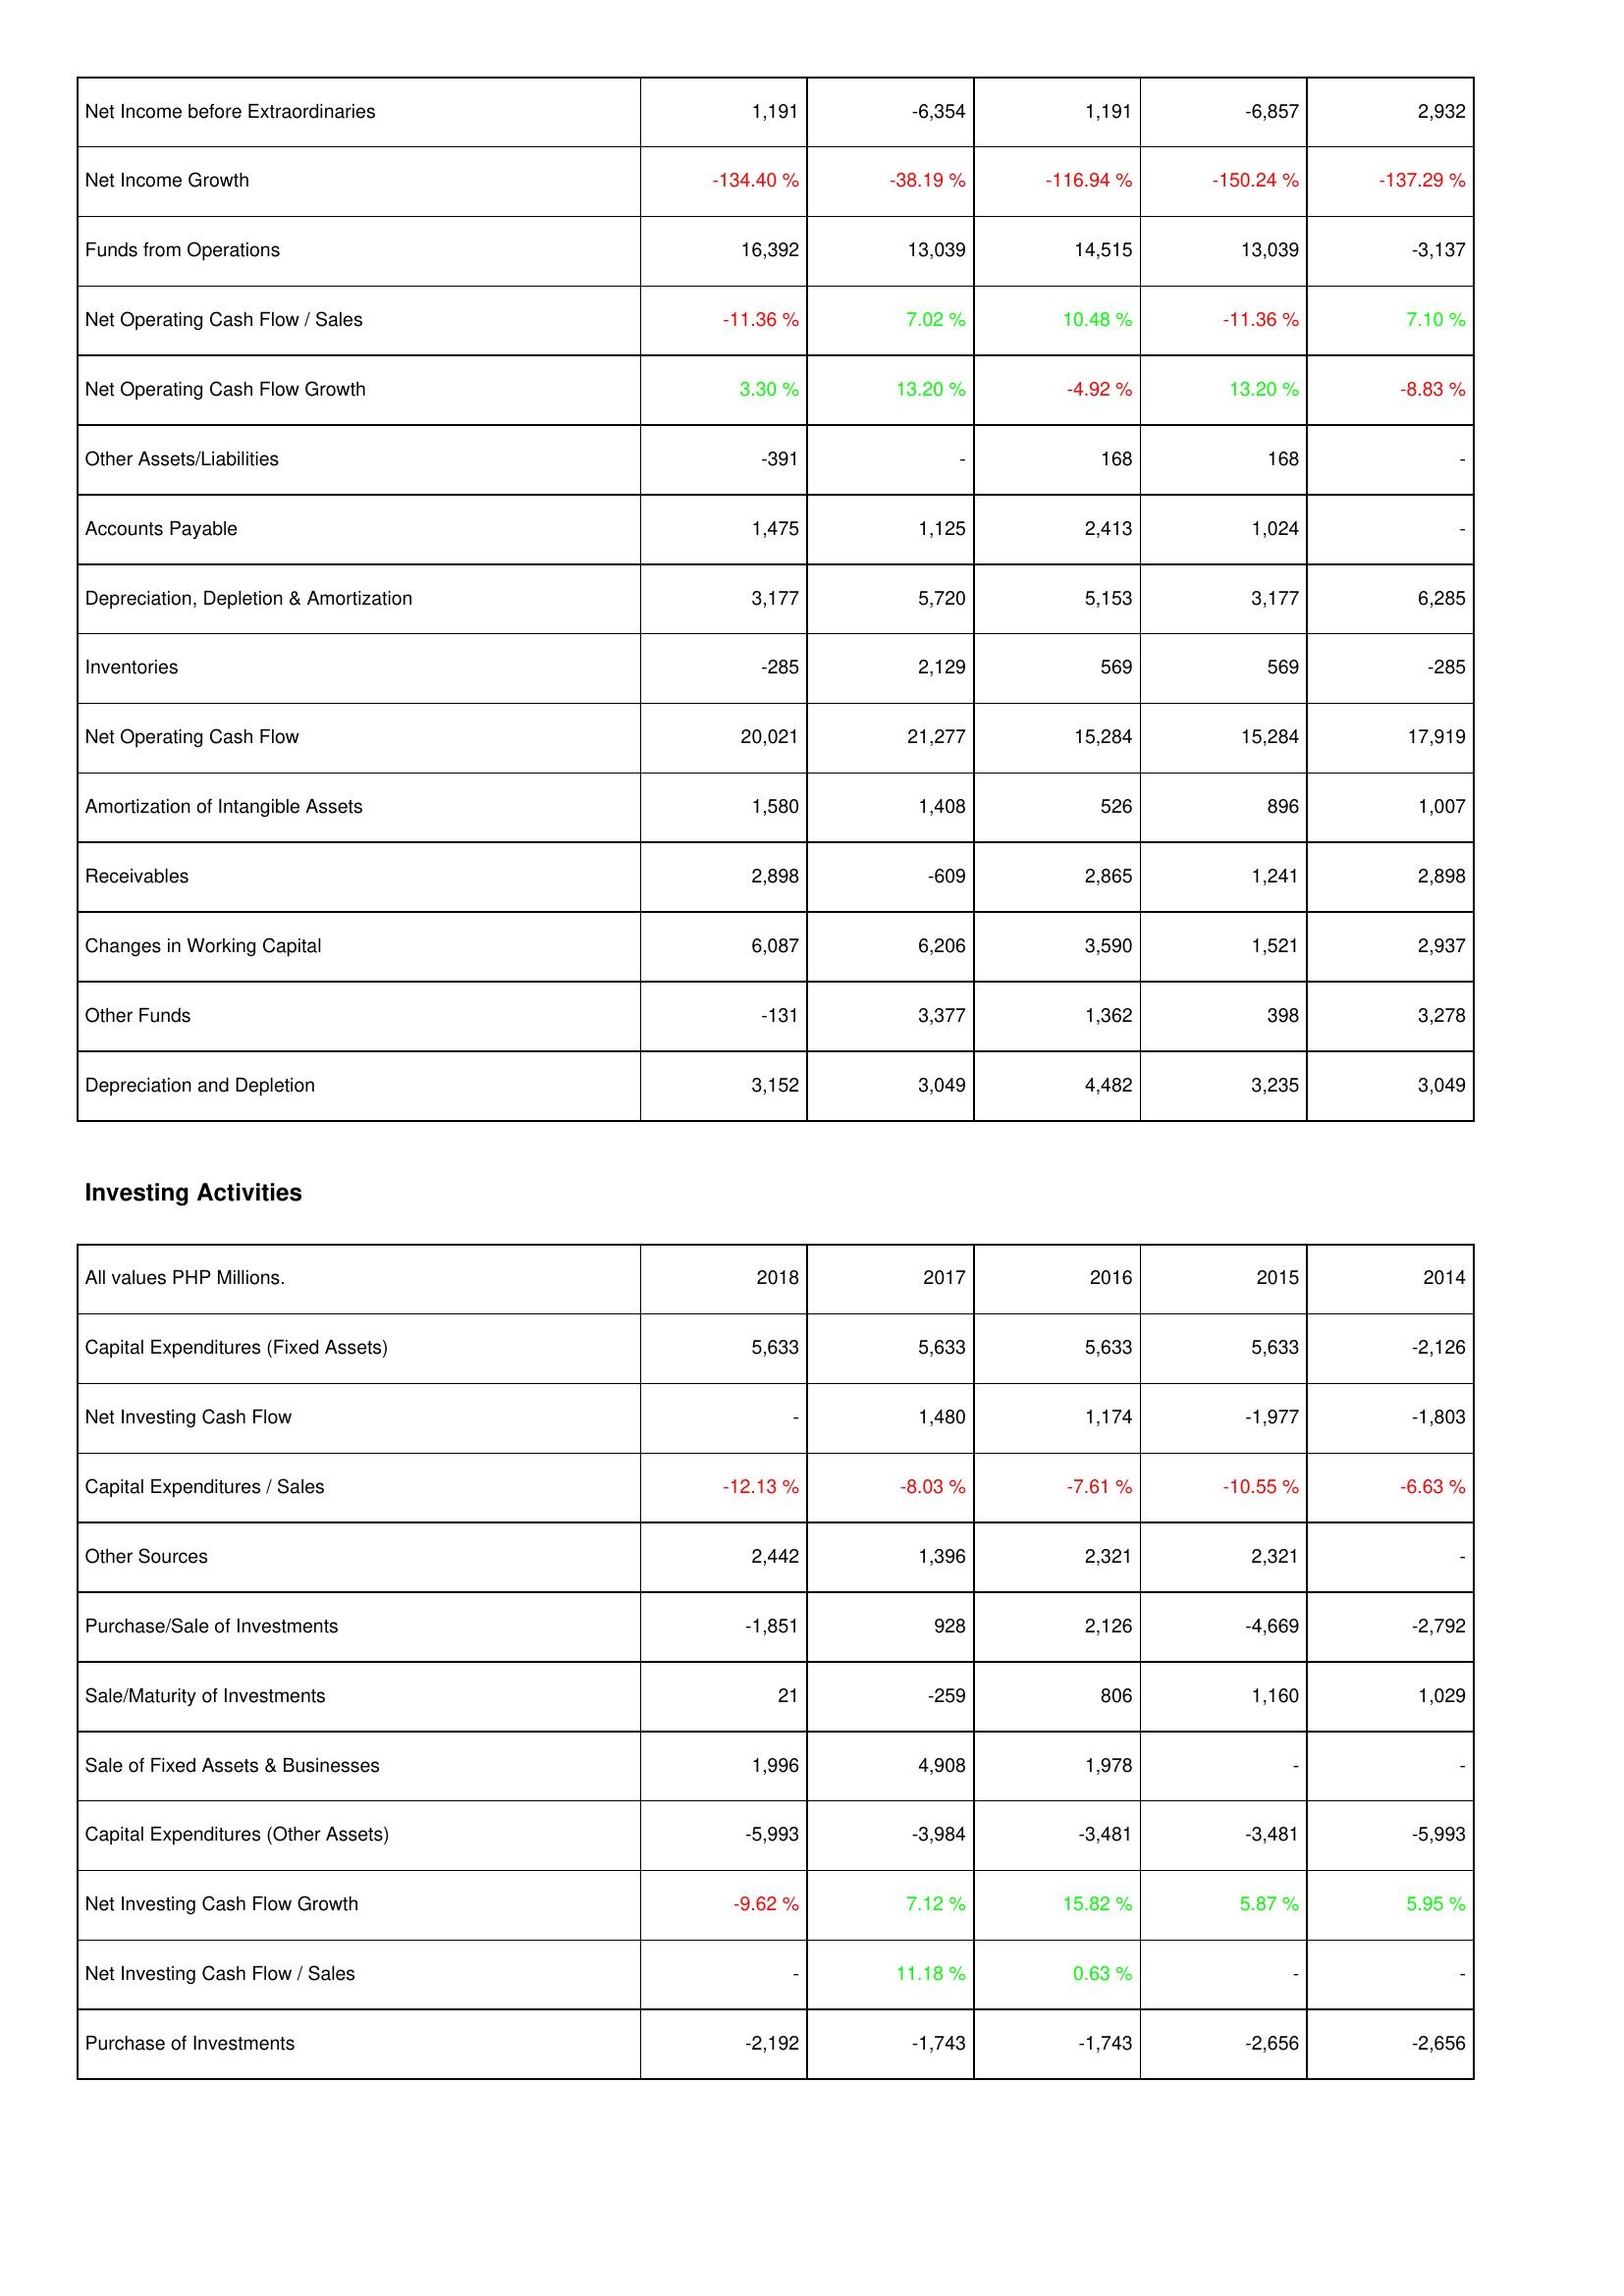
2018: Operating Activities: Net Income before Extraordinaries: 1,191
Net Income Growth: -134.40 %
Funds from Operations: 16,392
Net Operating Cash Flow / Sales: -11.36 %
Net Operating Cash Flow Growth: 3.30 %
Other Assets/Liabilities: -391
Accounts Payable: 1,475
Depreciation, Depletion & Amortization: 3,177
Inventories: -285
Net Operating Cash Flow: 20,021
Amortization of Intangible Assets: 1,580
Receivables: 2,898
Changes in Working Capital: 6,087
Other Funds: -131
Depreciation and Depletion: 3,152
Investing Activities: Capital Expenditures (Fixed Assets): 5,633
Net Investing Cash Flow: -
Capital Expenditures / Sales: -12.13 %
Other Sources: 2,442
Purchase/Sale of Investments: -1,851
Sale/Maturity of Investments: 21
Sale of Fixed Assets & Businesses: 1,996
Capital Expenditures (Other Assets): -5,993
Net Investing Cash Flow Growth: -9.62 %
Net Investing Cash Flow / Sales: -
Purchase of Investments: -2,192
2017: Operating Activities: Net Income before Extraordinaries: -6,354
Net Income Growth: -38.19 %
Funds from Operations: 13,039
Net Operating Cash Flow / Sales: 7.02 %
Net Operating Cash Flow Growth: 13.20 %
Other Assets/Liabilities: -
Accounts Payable: 1,125
Depreciation, Depletion & Amortization: 5,720
Inventories: 2,129
Net Operating Cash Flow: 21,277
Amortization of Intangible Assets: 1,408
Receivables: -609
Changes in Working Capital: 6,206
Other Funds: 3,377
Depreciation and Depletion: 3,049
Investing Activities: Capital Expenditures (Fixed Assets): 5,633
Net Investing Cash Flow: 1,480
Capital Expenditures / Sales: -8.03 %
Other Sources: 1,396
Purchase/Sale of Investments: 928
Sale/Maturity of Investments: -259
Sale of Fixed Assets & Businesses: 4,908
Capital Expenditures (Other Assets): -3,984
Net Investing Cash Flow Growth: 7.12 %
Net Investing Cash Flow / Sales: 11.18 %
Purchase of Investments: -1,743
2016: Operating Activities: Net Income before Extraordinaries: 1,191
Net Income Growth: -116.94 %
Funds from Operations: 14,515
Net Operating Cash Flow / Sales: 10.48 %
Net Operating Cash Flow Growth: -4.92 %
Other Assets/Liabilities: 168
Accounts Payable: 2,413
Depreciation, Depletion & Amortization: 5,153
Inventories: 569
Net Operating Cash Flow: 15,284
Amortization of Intangible Assets: 526
Receivables: 2,865
Changes in Working Capital: 3,590
Other Funds: 1,362
Depreciation and Depletion: 4,482
Investing Activities: Capital Expenditures (Fixed Assets): 5,633
Net Investing Cash Flow: 1,174
Capital Expenditures / Sales: -7.61 %
Other Sources: 2,321
Purchase/Sale of Investments: 2,126
Sale/Maturity of Investments: 806
Sale of Fixed Assets & Businesses: 1,978
Capital Expenditures (Other Assets): -3,481
Net Investing Cash Flow Growth: 15.82 %
Net Investing Cash Flow / Sales: 0.63 %
Purchase of Investments: -1,743
2015: Operating Activities: Net Income before Extraordinaries: -6,857
Net Income Growth: -150.24 %
Funds from Operations: 13,039
Net Operating Cash Flow / Sales: -11.36 %
Net Operating Cash Flow Growth: 13.20 %
Other Assets/Liabilities: 168
Accounts Payable: 1,024
Depreciation, Depletion & Amortization: 3,177
Inventories: 569
Net Operating Cash Flow: 15,284
Amortization of Intangible Assets: 896
Receivables: 1,241
Changes in Working Capital: 1,521
Other Funds: 398
Depreciation and Depletion: 3,235
Investing Activities: Capital Expenditures (Fixed Assets): 5,633
Net Investing Cash Flow: -1,977
Capital Expenditures / Sales: -10.55 %
Other Sources: 2,321
Purchase/Sale of Investments: -4,669
Sale/Maturity of Investments: 1,160
Sale of Fixed Assets & Businesses: -
Capital Expenditures (Other Assets): -3,481
Net Investing Cash Flow Growth: 5.87 %
Net Investing Cash Flow / Sales: -
Purchase of Investments: -2,656
2014: Operating Activities: Net Income before Extraordinaries: 2,932
Net Income Growth: -137.29 %
Funds from Operations: -3,137
Net Operating Cash Flow / Sales: 7.10 %
Net Operating Cash Flow Growth: -8.83 %
Other Assets/Liabilities: -
Accounts Payable: -
Depreciation, Depletion & Amortization: 6,285
Inventories: -285
Net Operating Cash Flow: 17,919
Amortization of Intangible Assets: 1,007
Receivables: 2,898
Changes in Working Capital: 2,937
Other Funds: 3,278
Depreciation and Depletion: 3,049
Investing Activities: Capital Expenditures (Fixed Assets): -2,126
Net Investing Cash Flow: -1,803
Capital Expenditures / Sales: -6.63 %
Other Sources: -
Purchase/Sale of Investments: -2,792
Sale/Maturity of Investments: 1,029
Sale of Fixed Assets & Businesses: -
Capital Expenditures (Other Assets): -5,993
Net Investing Cash Flow Growth: 5.95 %
Net Investing Cash Flow / Sales: -
Purchase of Investments: -2,656